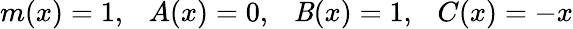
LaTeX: m(x)=1,\ \ \ A(x)=0,\ \ \ \mathit{B}(x)=1,\ \ \ C(x)=-x